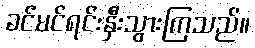
ခင်မင်ရင်းနှီးသွားကြသည်။